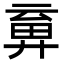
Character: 𢍞